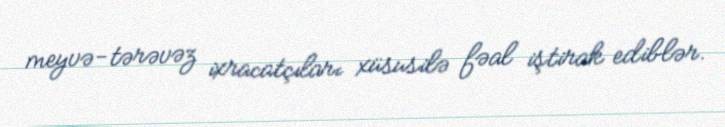
meyvə-tərəvəz ixracatçıları xüsusilə fəal iştirak ediblər.